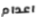
اعدام